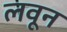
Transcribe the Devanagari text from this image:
लवून